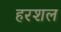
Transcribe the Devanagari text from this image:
हरशल